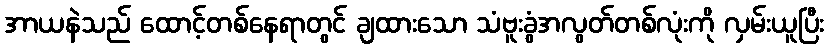
အာယနဲသည် ထောင့်တစ်နေရာတွင် ချထားသော သံဗူးခွံအလွတ်တစ်လုံးကို လှမ်းယူပြီး